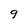
Character: 9